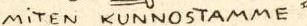
MiTEN KUNNOSTAMME